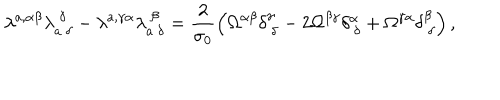
\lambda ^ { a , \alpha \beta } \lambda _ { a ~ \delta } ^ { ~ \gamma } - \lambda ^ { a , \gamma \alpha } \lambda _ { a ~ \delta } ^ { ~ \beta } = \frac { 2 } { \sigma _ { 0 } } \left( \Omega ^ { \alpha \beta } \delta _ { ~ \delta } ^ { \gamma } - 2 \Omega ^ { \beta \gamma } \delta _ { ~ \delta } ^ { \alpha } + \Omega ^ { \gamma \alpha } \delta _ { ~ \delta } ^ { \beta } \right) ,